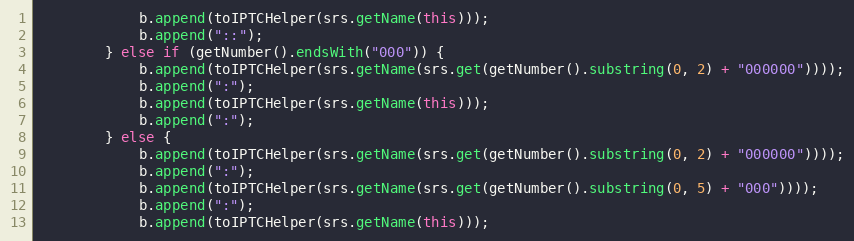
Language: Java
			b.append(toIPTCHelper(srs.getName(this)));
			b.append("::");
		} else if (getNumber().endsWith("000")) {
			b.append(toIPTCHelper(srs.getName(srs.get(getNumber().substring(0, 2) + "000000"))));
			b.append(":");
			b.append(toIPTCHelper(srs.getName(this)));
			b.append(":");
		} else {
			b.append(toIPTCHelper(srs.getName(srs.get(getNumber().substring(0, 2) + "000000"))));
			b.append(":");
			b.append(toIPTCHelper(srs.getName(srs.get(getNumber().substring(0, 5) + "000"))));
			b.append(":");
			b.append(toIPTCHelper(srs.getName(this)));